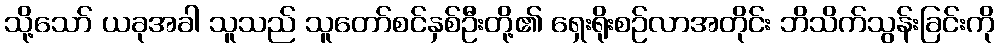
သို့သော် ယခုအခါ သူသည် သူတော်စင်နှစ်ဦးတို့၏ ရှေးရိုးစဉ်လာအတိုင်း ဘိသိက်သွန်းခြင်းကို